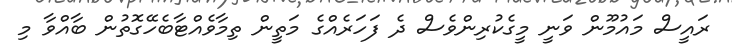
ރައީސް މައުމޫން ވަނީ މީގެކުރިންވެސް ދެ ފަހަރެއްގެ މަތީން ތިމާވެއްޓާބެހޭގޮތުން ބާއްވާ މި